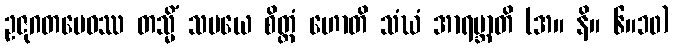
ဥဇုဂတမေဝဿ တသ္မိံ သမယေ စိတ္တံ ဟောတိ သံဃံ အာရဗ္ဘာတိ (အ။ နိ။ ၆။၁၀)